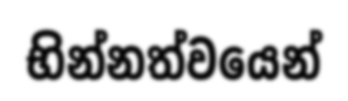
භින්නත්වයෙන්